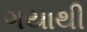
ગયાથી